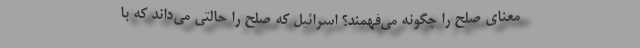
معنای صلح را چگونه می‌فهمند؟ اسرائیل که صلح را حالتی می‌داند که با